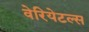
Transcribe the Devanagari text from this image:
वेरियेटल्स